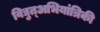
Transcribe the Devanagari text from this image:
विद्युत्अभियांत्रिकी